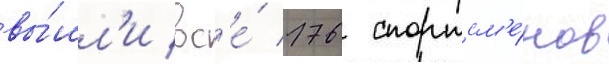
вы́шл'и вс'е́ 176 спортсм'е́нов